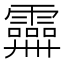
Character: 𩆕